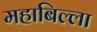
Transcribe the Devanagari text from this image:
महाबिल्ला